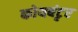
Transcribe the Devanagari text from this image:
कोयबंटृर